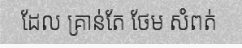
ដែល គ្រាន់តែ ថែម សំពត់